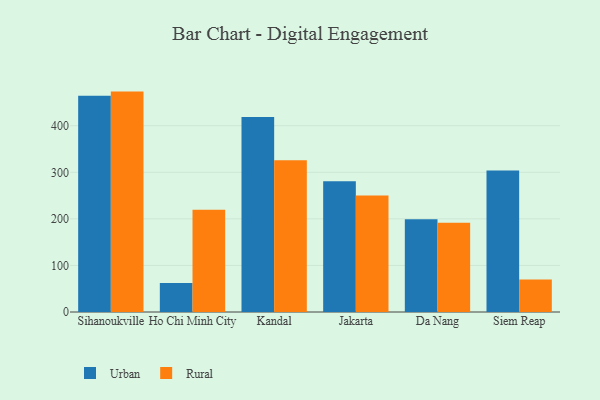
{"axis": {"x": "City", "y": "Website Visitors"}, "legend": ["Rural", "Urban"], "data": [{"x": "Sihanoukville", "y": 464.5, "type": "Urban"}, {"x": "Sihanoukville", "y": 473.3, "type": "Rural"}, {"x": "Ho Chi Minh City", "y": 62.1, "type": "Urban"}, {"x": "Ho Chi Minh City", "y": 219.8, "type": "Rural"}, {"x": "Kandal", "y": 418.7, "type": "Urban"}, {"x": "Kandal", "y": 325.7, "type": "Rural"}, {"x": "Jakarta", "y": 280.7, "type": "Urban"}, {"x": "Jakarta", "y": 250.4, "type": "Rural"}, {"x": "Da Nang", "y": 199.1, "type": "Urban"}, {"x": "Da Nang", "y": 191.5, "type": "Rural"}, {"x": "Siem Reap", "y": 304.0, "type": "Urban"}, {"x": "Siem Reap", "y": 69.9, "type": "Rural"}]}